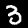
Digit: 3